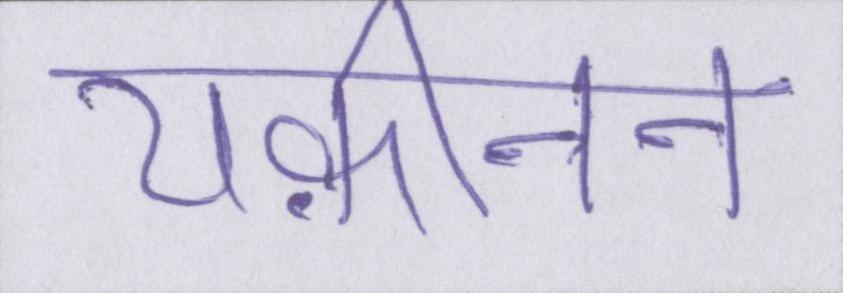
यक़ीनन